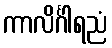
ကာလိင်္ဂါရညံ